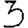
Digit: 3